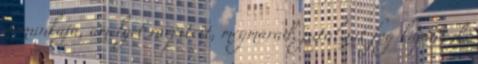
a munkája, amelyet ráépített, megmarad, jutalmat fog kapni; de